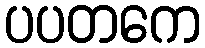
ပပတကေ